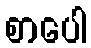
စာပေါ